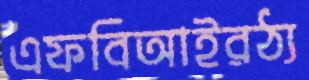
এফবিআইরঠ্য